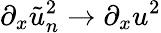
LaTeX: \partial_{x}\tilde{u}_{n}^{2}\rightarrow\partial_{x}u^{2}